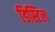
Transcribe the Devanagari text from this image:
डिस्टिल